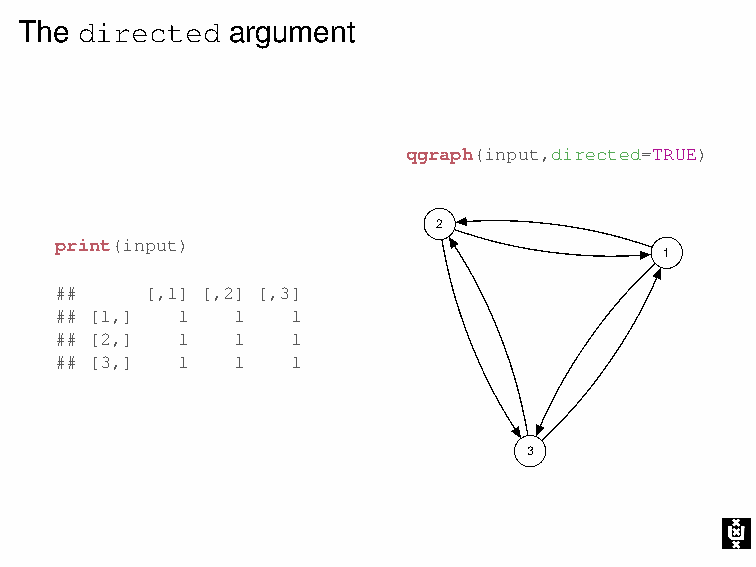
The directed  argument
 qgraph(input,directed=TRUE)
 2
 print(input)
 1
 ##    [,1] [,2] [,3]
 ## [1,] 1   1  1
 ## [2,] 1   1  1
 ## [3,] 1   1  1
 3